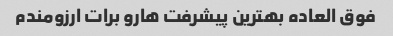
فوق العاده بهترین پیشرفت هارو برات ارزومندم